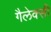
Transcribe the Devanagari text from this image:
गैलेक्‍सी